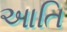
આતિ